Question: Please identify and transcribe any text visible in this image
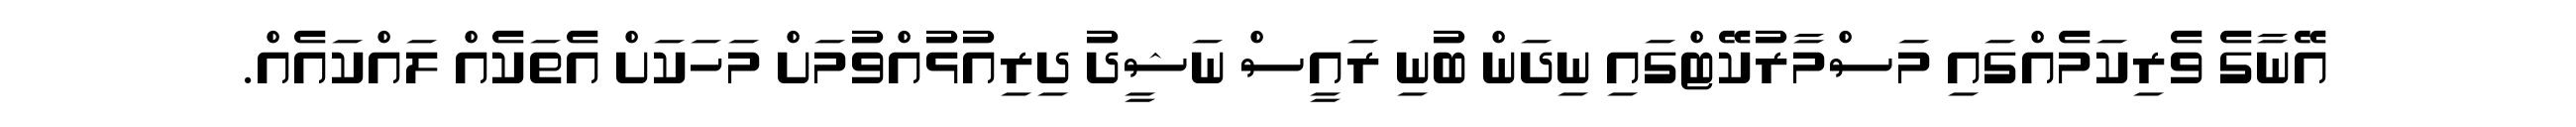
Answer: އޭނާގެ ވެރިކަމެއްގައި މަސްމާރުކޭޓްގައި ނިދަން ބުނި ރައީސް ނަޝީދު ދިރިއުޅުއްވުމަށް މަހަކަށް އެތަކެއް ލައްކައެއް.